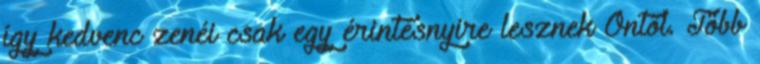
így kedvenc zenéi csak egy érintésnyire lesznek Öntől. Több